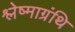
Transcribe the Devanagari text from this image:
श्लेष्माग्रंथि